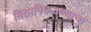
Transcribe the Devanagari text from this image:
मिठापिकवण्याचा